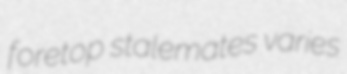
foretop stalemates varies